Indian journal of veterinary science and animal husbandry - Volume 1,
Year: 1931
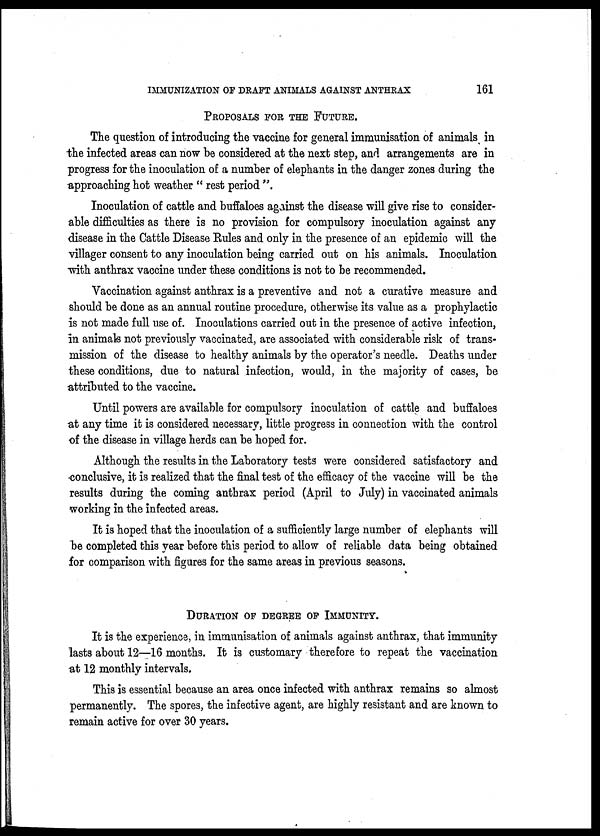
IMMUNIZATION OF DRAFT ANIMALS AGAINST ANTHRAX
161
PROPOSALS FOR THE FUTURE.
The question of introducing the vaccine for general immunisation of animals in
the infected areas can now be considered at the next step, and arrangements are in
progress for the inoculation of a number of elephants in the danger zones during the
approaching hot weather " rest period ".
Inoculation of cattle and buffaloes against the disease will give rise to consider-
able difficulties as there is no provision for compulsory inoculation against any
disease in the Cattle Disease Rules and only in the presence of an epidemic will the
villager consent to any inoculation being carried out on his animals. Inoculation
with anthrax vaccine under these conditions is not to be recommended.
Vaccination against anthrax is a preventive and not a curative measure and
should be done as an annual routine procedure, otherwise its value as a prophylactic
is not made full use of. Inoculations carried out in the presence of active infection,
in animals not previously vaccinated, are associated with considerable risk of trans-
mission of the disease to healthy animals by the operator's needle. Deaths under
these conditions, due to natural infection, would, in the majority of cases, be
attributed to the vaccine.
Until powers are available for compulsory inoculation of cattle and buffaloes
at any time it is considered necessary, little progress in connection with the control
of the disease in village herds can be hoped for.
Although the results in the Laboratory tests were considered satisfactory and
conclusive, it is realized that the final test of the efficacy of the vaccine will be the
results during the coming anthrax period (April to July) in vaccinated animals
working in the infected areas.
It is hoped that the inoculation of a sufficiently large number of elephants will
be completed this year before this period to allow of reliable data being obtained
for comparison with figures for the same areas in previous seasons.
DURATION OF DEGREE OF IMMUNITY.
It is the experience, in immunisation of animals against anthrax, that immunity
lasts about 12—16 months. It is customary therefore to repeat the vaccination
at 12 monthly intervals.
This is essential because an area once infected with anthrax remains so almost
permanently. The spores, the infective agent, are highly resistant and are known to
remain active for over 30 years.